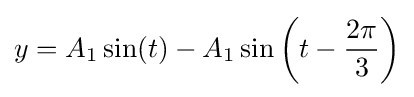
y=A_{1}\sin(t)-A_{1}\sin \left(t-{\frac {2\pi }{3}}\right)